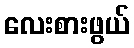
လေးစားဖွယ်